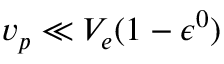
v _ { p } \ll V _ { e } ( 1 - \epsilon ^ { 0 } )